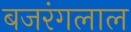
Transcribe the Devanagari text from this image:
बजरंगलाल